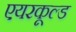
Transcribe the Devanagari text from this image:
एयरकूल्ड